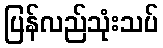
ပြန်လည်သုံးသပ်